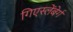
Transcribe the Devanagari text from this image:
गिएस्लेंबेर्ग